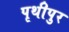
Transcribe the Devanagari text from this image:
पृथीपुर